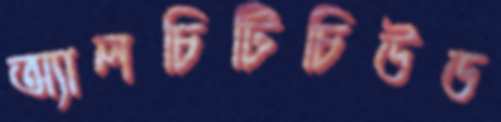
অ্যালচিটিচিউড